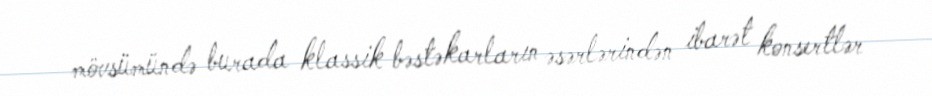
mövsümündə burada klassik bəstəkarların əsərlərindən ibarət konsertlər